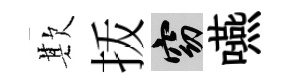
欺㧞窈嚥